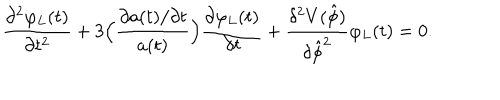
LaTeX: \frac { \partial ^ { 2 } \varphi _ { L } ( t ) } { \partial t ^ { 2 } } + 3 \Bigl ( \frac { \partial a ( t ) / \partial t } { a ( t ) } \Bigr ) \frac { \partial \varphi _ { L } ( t ) } { \partial t } + \frac { \delta ^ { 2 } V ( \hat { \phi } ) } { \delta \hat { \phi } ^ { 2 } } \varphi _ { L } ( t ) = 0 .